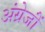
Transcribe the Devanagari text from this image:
अंग्रेजोंं